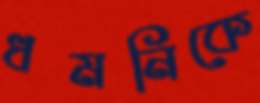
ধমনিকে